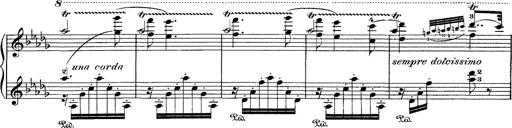
Title: Hungarian Rhapsody No.1
Composer: Franz Liszt
Key: C-sharp minor